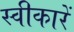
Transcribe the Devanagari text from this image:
स्वीकारें